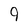
Character: 9